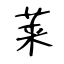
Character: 莱